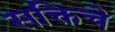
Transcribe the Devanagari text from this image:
सक्तिचे